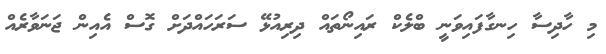
މި ހާދިސާ ހިނގާފައިވަނީ ބްލެކް ރައިނޯތައް ދިރިއުޅޭ ސަރަހައްދަށް ގޮސް އެއިން ޖަނަވާރެއް